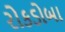
રોકડોબા